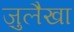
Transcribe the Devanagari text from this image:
ज़ुलैखा